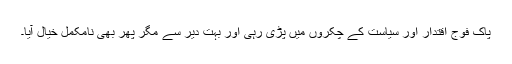
پاک فوج اقتدار اور سیاست کے چکروں میں پڑی رہی اور بہت دیر سے مگر پھر بھی نامکمل خیال آیا۔